Civil Veterinary Department Bengal reports 1923-33 - 1923-1933
Year: 1923
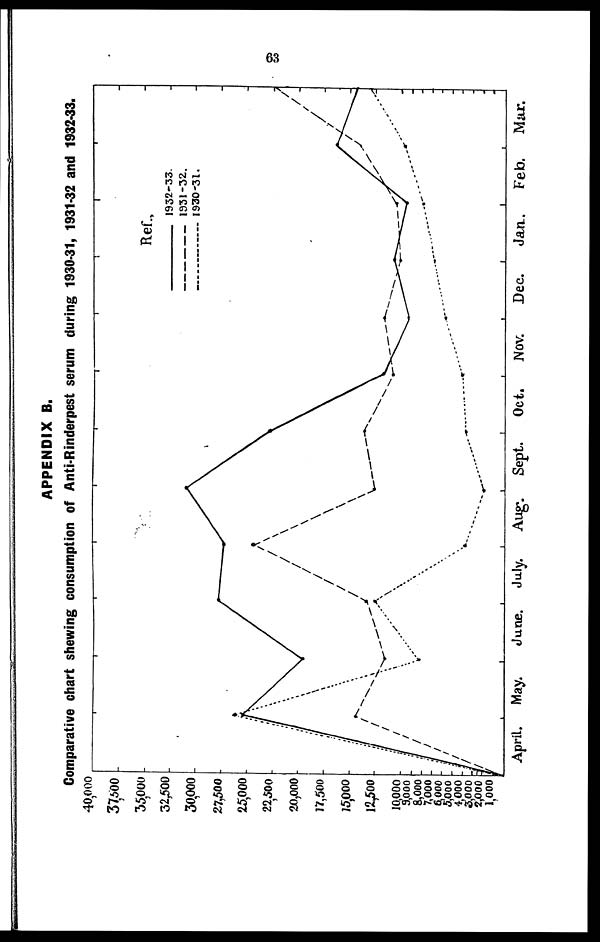
63
APPENDIX B.
Comparative chart shewing consumption of Anti-Rinderpest serum during 1930-31, 1931-32 and 1932-33.